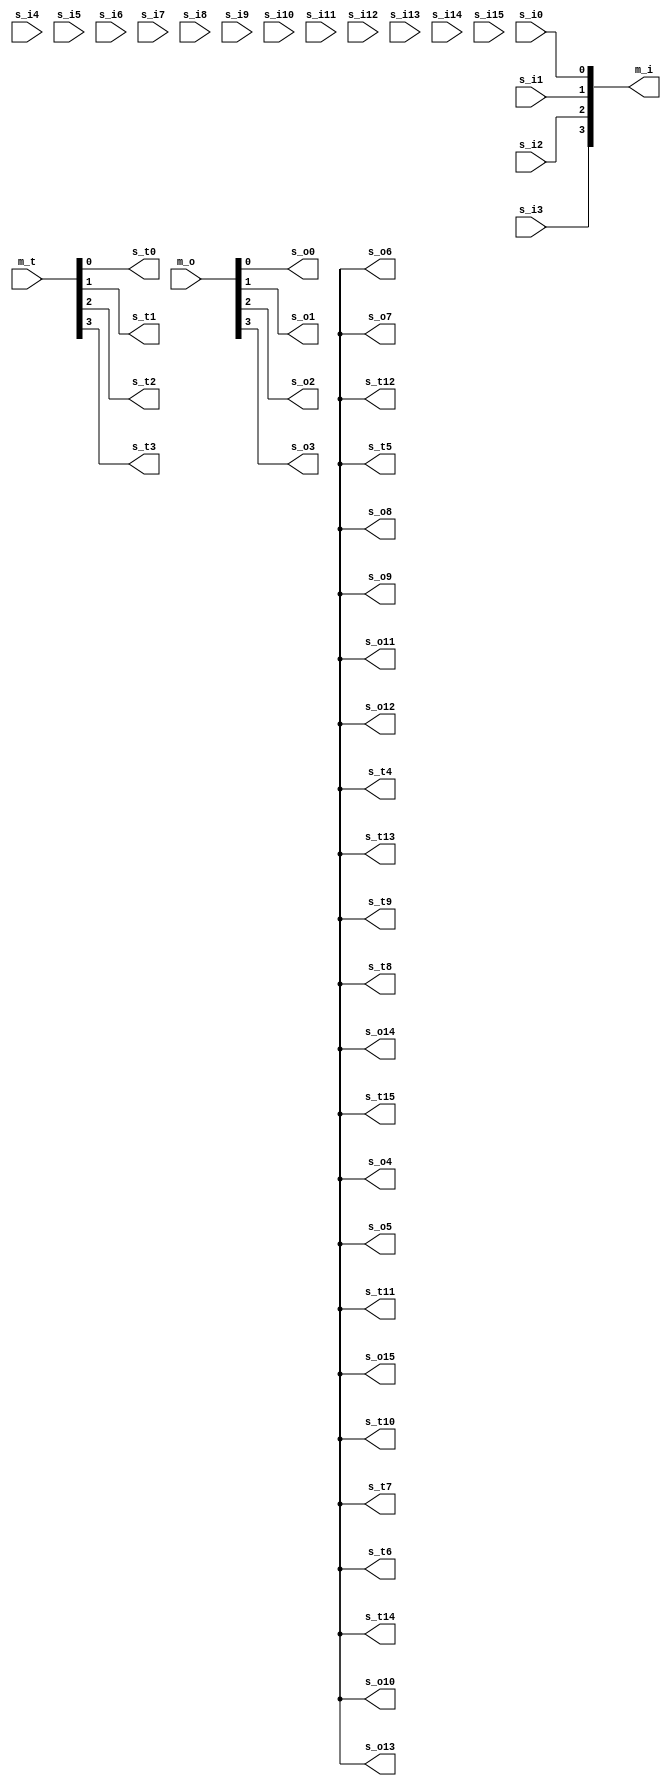
module gpio_breakout #(
    parameter GPIO_WIDTH = 4
) (
    (* X_INTERFACE_INFO = "xilinx.com:interface:gpio:1.0 GPIO_M TRI_T" *)
    input [GPIO_WIDTH-1:0] m_t,
    (* X_INTERFACE_INFO = "xilinx.com:interface:gpio:1.0 GPIO_M TRI_O" *)
    input [GPIO_WIDTH-1:0] m_o,
    (* X_INTERFACE_INFO = "xilinx.com:interface:gpio:1.0 GPIO_M TRI_I" *)
    output [GPIO_WIDTH-1:0] m_i,


    (* X_INTERFACE_INFO = "xilinx.com:interface:gpio:1.0 GPIO_S0 TRI_T" *)
    output s_t0,
    (* X_INTERFACE_INFO = "xilinx.com:interface:gpio:1.0 GPIO_S0 TRI_O" *)
    output s_o0,
    (* X_INTERFACE_INFO = "xilinx.com:interface:gpio:1.0 GPIO_S0 TRI_I" *)
    input s_i0,

    (* X_INTERFACE_INFO = "xilinx.com:interface:gpio:1.0 GPIO_S1 TRI_T" *)
    output s_t1,
    (* X_INTERFACE_INFO = "xilinx.com:interface:gpio:1.0 GPIO_S1 TRI_O" *)
    output s_o1,
    (* X_INTERFACE_INFO = "xilinx.com:interface:gpio:1.0 GPIO_S1 TRI_I" *)
    input s_i1,

    (* X_INTERFACE_INFO = "xilinx.com:interface:gpio:1.0 GPIO_S2 TRI_T" *)
    output s_t2,
    (* X_INTERFACE_INFO = "xilinx.com:interface:gpio:1.0 GPIO_S2 TRI_O" *)
    output s_o2,
    (* X_INTERFACE_INFO = "xilinx.com:interface:gpio:1.0 GPIO_S2 TRI_I" *)
    input s_i2,

    (* X_INTERFACE_INFO = "xilinx.com:interface:gpio:1.0 GPIO_S3 TRI_T" *)
    output s_t3,
    (* X_INTERFACE_INFO = "xilinx.com:interface:gpio:1.0 GPIO_S3 TRI_O" *)
    output s_o3,
    (* X_INTERFACE_INFO = "xilinx.com:interface:gpio:1.0 GPIO_S3 TRI_I" *)
    input s_i3,

    (* X_INTERFACE_INFO = "xilinx.com:interface:gpio:1.0 GPIO_S4 TRI_T" *)
    output s_t4,
    (* X_INTERFACE_INFO = "xilinx.com:interface:gpio:1.0 GPIO_S4 TRI_O" *)
    output s_o4,
    (* X_INTERFACE_INFO = "xilinx.com:interface:gpio:1.0 GPIO_S4 TRI_I" *)
    input s_i4,

    (* X_INTERFACE_INFO = "xilinx.com:interface:gpio:1.0 GPIO_S5 TRI_T" *)
    output s_t5,
    (* X_INTERFACE_INFO = "xilinx.com:interface:gpio:1.0 GPIO_S5 TRI_O" *)
    output s_o5,
    (* X_INTERFACE_INFO = "xilinx.com:interface:gpio:1.0 GPIO_S5 TRI_I" *)
    input s_i5,

    (* X_INTERFACE_INFO = "xilinx.com:interface:gpio:1.0 GPIO_S6 TRI_T" *)
    output s_t6,
    (* X_INTERFACE_INFO = "xilinx.com:interface:gpio:1.0 GPIO_S6 TRI_O" *)
    output s_o6,
    (* X_INTERFACE_INFO = "xilinx.com:interface:gpio:1.0 GPIO_S6 TRI_I" *)
    input s_i6,

    (* X_INTERFACE_INFO = "xilinx.com:interface:gpio:1.0 GPIO_S7 TRI_T" *)
    output s_t7,
    (* X_INTERFACE_INFO = "xilinx.com:interface:gpio:1.0 GPIO_S7 TRI_O" *)
    output s_o7,
    (* X_INTERFACE_INFO = "xilinx.com:interface:gpio:1.0 GPIO_S7 TRI_I" *)
    input s_i7,

    (* X_INTERFACE_INFO = "xilinx.com:interface:gpio:1.0 GPIO_S8 TRI_T" *)
    output s_t8,
    (* X_INTERFACE_INFO = "xilinx.com:interface:gpio:1.0 GPIO_S8 TRI_O" *)
    output s_o8,
    (* X_INTERFACE_INFO = "xilinx.com:interface:gpio:1.0 GPIO_S8 TRI_I" *)
    input s_i8,

    (* X_INTERFACE_INFO = "xilinx.com:interface:gpio:1.0 GPIO_S9 TRI_T" *)
    output s_t9,
    (* X_INTERFACE_INFO = "xilinx.com:interface:gpio:1.0 GPIO_S9 TRI_O" *)
    output s_o9,
    (* X_INTERFACE_INFO = "xilinx.com:interface:gpio:1.0 GPIO_S9 TRI_I" *)
    input s_i9,

    (* X_INTERFACE_INFO = "xilinx.com:interface:gpio:1.0 GPIO_S10 TRI_T" *)
    output s_t10,
    (* X_INTERFACE_INFO = "xilinx.com:interface:gpio:1.0 GPIO_S10 TRI_O" *)
    output s_o10,
    (* X_INTERFACE_INFO = "xilinx.com:interface:gpio:1.0 GPIO_S10 TRI_I" *)
    input s_i10,

    (* X_INTERFACE_INFO = "xilinx.com:interface:gpio:1.0 GPIO_S11 TRI_T" *)
    output s_t11,
    (* X_INTERFACE_INFO = "xilinx.com:interface:gpio:1.0 GPIO_S11 TRI_O" *)
    output s_o11,
    (* X_INTERFACE_INFO = "xilinx.com:interface:gpio:1.0 GPIO_S11 TRI_I" *)
    input s_i11,

    (* X_INTERFACE_INFO = "xilinx.com:interface:gpio:1.0 GPIO_S12 TRI_T" *)
    output s_t12,
    (* X_INTERFACE_INFO = "xilinx.com:interface:gpio:1.0 GPIO_S12 TRI_O" *)
    output s_o12,
    (* X_INTERFACE_INFO = "xilinx.com:interface:gpio:1.0 GPIO_S12 TRI_I" *)
    input s_i12,

    (* X_INTERFACE_INFO = "xilinx.com:interface:gpio:1.0 GPIO_S13 TRI_T" *)
    output s_t13,
    (* X_INTERFACE_INFO = "xilinx.com:interface:gpio:1.0 GPIO_S13 TRI_O" *)
    output s_o13,
    (* X_INTERFACE_INFO = "xilinx.com:interface:gpio:1.0 GPIO_S13 TRI_I" *)
    input s_i13,

    (* X_INTERFACE_INFO = "xilinx.com:interface:gpio:1.0 GPIO_S14 TRI_T" *)
    output s_t14,
    (* X_INTERFACE_INFO = "xilinx.com:interface:gpio:1.0 GPIO_S14 TRI_O" *)
    output s_o14,
    (* X_INTERFACE_INFO = "xilinx.com:interface:gpio:1.0 GPIO_S14 TRI_I" *)
    input s_i14,

    (* X_INTERFACE_INFO = "xilinx.com:interface:gpio:1.0 GPIO_S15 TRI_T" *)
    output s_t15,
    (* X_INTERFACE_INFO = "xilinx.com:interface:gpio:1.0 GPIO_S15 TRI_O" *)
    output s_o15,
    (* X_INTERFACE_INFO = "xilinx.com:interface:gpio:1.0 GPIO_S15 TRI_I" *)
    input s_i15
);

assign m_i[0 ] = s_i0 ;
assign m_i[1 ] = s_i1 ;
assign m_i[2 ] = s_i2 ;
assign m_i[3 ] = s_i3 ;
assign m_i[4 ] = s_i4 ;
assign m_i[5 ] = s_i5 ;
assign m_i[6 ] = s_i6 ;
assign m_i[7 ] = s_i7 ;
assign m_i[8 ] = s_i8 ;
assign m_i[9 ] = s_i9 ;
assign m_i[10] = s_i10;
assign m_i[11] = s_i11;
assign m_i[12] = s_i12;
assign m_i[13] = s_i13;
assign m_i[14] = s_i14;
assign m_i[15] = s_i15;

assign s_o0  = m_o[0 ];
assign s_o1  = m_o[1 ];
assign s_o2  = m_o[2 ];
assign s_o3  = m_o[3 ];
assign s_o4  = m_o[4 ];
assign s_o5  = m_o[5 ];
assign s_o6  = m_o[6 ];
assign s_o7  = m_o[7 ];
assign s_o8  = m_o[8 ];
assign s_o9  = m_o[9 ];
assign s_o10 = m_o[10];
assign s_o11 = m_o[11];
assign s_o12 = m_o[12];
assign s_o13 = m_o[13];
assign s_o14 = m_o[14];
assign s_o15 = m_o[15];

assign s_t0  = m_t[0 ];
assign s_t1  = m_t[1 ];
assign s_t2  = m_t[2 ];
assign s_t3  = m_t[3 ];
assign s_t4  = m_t[4 ];
assign s_t5  = m_t[5 ];
assign s_t6  = m_t[6 ];
assign s_t7  = m_t[7 ];
assign s_t8  = m_t[8 ];
assign s_t9  = m_t[9 ];
assign s_t10 = m_t[10];
assign s_t11 = m_t[11];
assign s_t12 = m_t[12];
assign s_t13 = m_t[13];
assign s_t14 = m_t[14];
assign s_t15 = m_t[15];

endmodule